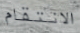
الانتقام